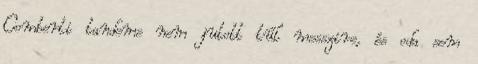
Comberti tandeme nem jutott túl messzire, és oda sem